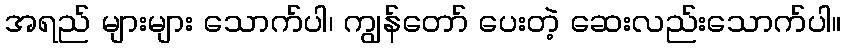
အရည် များများ သောက်ပါ၊ ကျွန်တော် ပေးတဲ့ ဆေးလည်းသောက်ပါ။